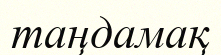
таңдамақ